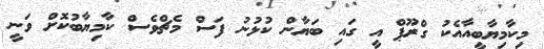
މިކާމިޔާބީއާއެކު ގްރޫޕް އީ ގައި ބަޔާން ކުޅުނު ފަސް މެޗްވެސް ކާމިޔާބުކޮށް ވަނީ